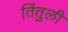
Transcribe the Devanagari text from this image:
तिंतुली